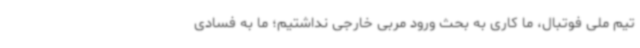
تیم ملی فوتبال، ما کاری به بحث ورود مربی خارجی نداشتیم؛ ما به فسادی